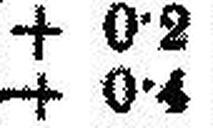
+ 0•4